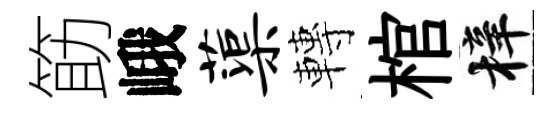
筯峨蕖轉棺梓